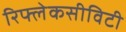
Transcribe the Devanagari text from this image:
रिफ्लेकसीविटी